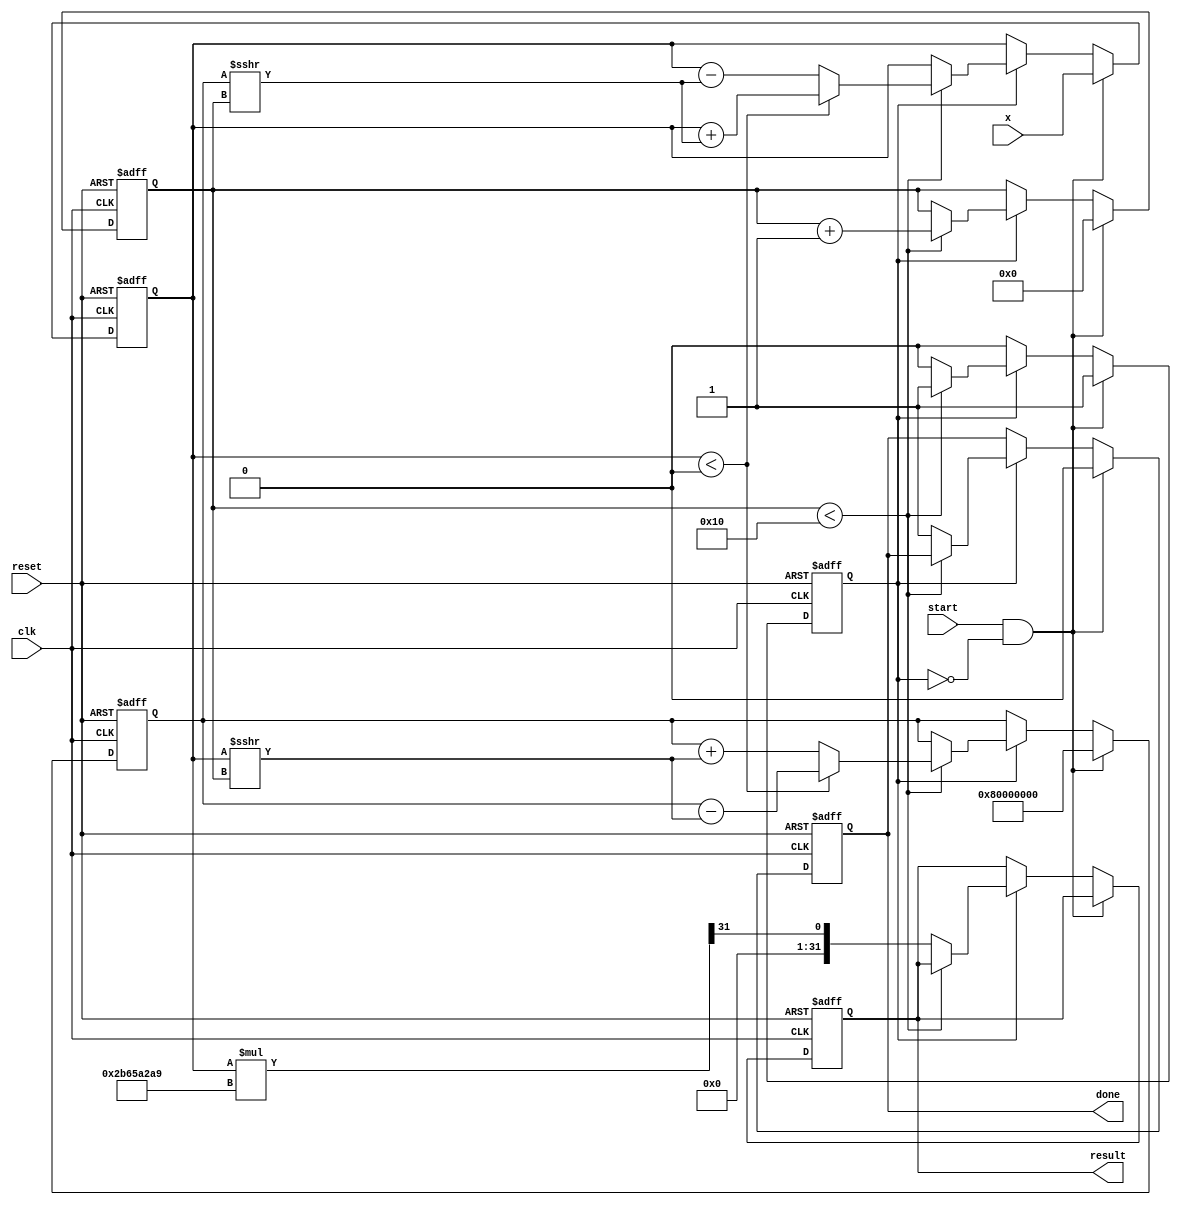
module cordic_exponential #(
    parameter N = 16,                    // Number of iterations
    parameter WIDTH = 32,                // Bit-width for fixed-point representation
    parameter SCALE_FACTOR = 32'h2B65A2A9 // Pre-calculated scale factor
)(
    input wire clk,
    input wire reset,
    input wire start,
    input wire signed [WIDTH-1:0] x,     // Input value for e^x
    output reg signed [WIDTH-1:0] result, // Output result
    output reg done                       // Done signal
);

    reg signed [WIDTH-1:0] z [0:N-1];     // Pre-computed angles (in fixed-point)
    reg signed [WIDTH-1:0] x_reg;          // Current x value
    reg signed [WIDTH-1:0] y_reg;          // Current y value
    reg [4:0] iter;                        // Iteration counter
    reg processing;                        // Processing state

    // Pre-compute angles for rotation
    initial begin
        z[0] = 32'h3F19999A; // atan(1) in fixed-point
        z[1] = 32'h3E4CCCCD; // atan(0.5)
        z[2] = 32'h3E1C71C7; // atan(0.25)
        z[3] = 32'h3DB6DB6E; // atan(0.125)
        // Continue filling z for all iterations...
        // This is a simple representation, values need to be adjusted
    end

    always @(posedge clk or posedge reset) begin
        if (reset) begin
            result <= 0;
            done <= 0;
            processing <= 0;
            iter <= 0;
            x_reg <= 0;
            y_reg <= 32'h1 << (WIDTH-1); // Start with y = 1 (fixed-point)
        end else if (start && !processing) begin
            x_reg <= x; // Load input value
            iter <= 0;  // Reset iteration count
            y_reg <= 32'h1 << (WIDTH-1); // y starts at 1
            processing <= 1; // Start processing
            done <= 0; // Clear done signal
        end else if (processing) begin
            if (iter < N) begin
                if (x_reg < 0) begin
                    // Perform clockwise rotation
                    x_reg <= x_reg + (y_reg >>> iter);
                    y_reg <= y_reg - (x_reg >>> iter);
                end else begin
                    // Perform counterclockwise rotation
                    x_reg <= x_reg - (y_reg >>> iter);
                    y_reg <= y_reg + (x_reg >>> iter);
                end
                iter <= iter + 1; // Increment iteration count
            end else begin
                // Final scaling
                result <= (x_reg * SCALE_FACTOR) >>> (WIDTH-1);
                done <= 1; // Processing done
                processing <= 0; // End processing
            end
        end
    end

endmodule